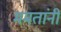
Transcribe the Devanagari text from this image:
ममतांनी